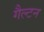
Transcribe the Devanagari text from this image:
गैल्टन